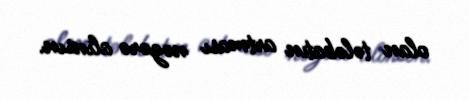
olan tələbatın artması nəzərə alınsın.